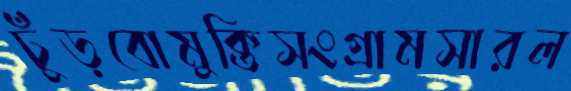
ঢুঁড়বোমুক্তিসংগ্রামসারল